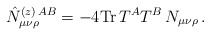
\begin{align*}\hat{N}_{\mu\nu\rho}^{(z)\,AB}=-4{\rm Tr}\,T^AT^B\,N_{\mu\nu\rho}\, . \end{align*}